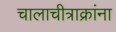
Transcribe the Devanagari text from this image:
चालाचीत्राक्रांना